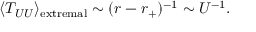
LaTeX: \langle T _ { U U } \rangle _ { \mathrm { e x t r e m a l } } \sim ( r - r _ { + } ) ^ { - 1 } \sim U ^ { - 1 } .